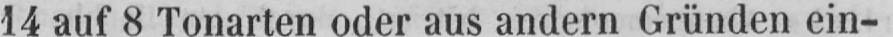
14 auf 8 Tonarten oder aus andern Gründen ein-